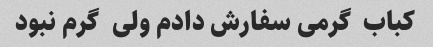
کباب  گرمی سفارش دادم ولی  گرم نبود